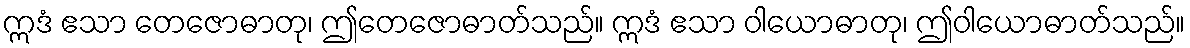
ဣဒံ ဧသာ တေဇောဓာတု၊ ဤတေဇောဓာတ်သည်။ ဣဒံ ဧသာ ဝါယောဓာတု၊ ဤဝါယောဓာတ်သည်။